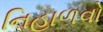
નિહાળવો